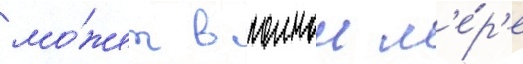
мо́жет в полнои м'е́р'е